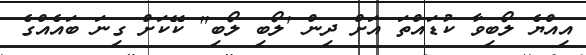
އިއްޔެ ލޯބިވާ ކުޑައްތަ އަށް ދިން 'ލޯބި ލޯބި" ކޭކަށް ގިނަ ބައެއްގެ